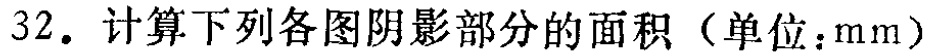
32. 计算下列各图阴影部分的面积（单位：mm）